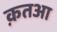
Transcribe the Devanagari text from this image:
क़तआ